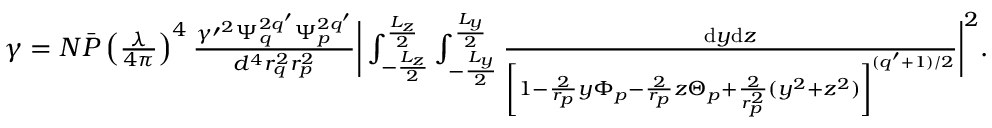
\begin{array} { r } { \gamma = N \bar { P } \left( \frac { \lambda } { 4 \pi } \right) ^ { 4 } \frac { \gamma \prime ^ { 2 } \Psi _ { q } ^ { 2 q ^ { \prime } } \Psi _ { p } ^ { 2 q ^ { \prime } } } { d ^ { 4 } r _ { q } ^ { 2 } r _ { p } ^ { 2 } } \bigg | \int _ { - \frac { L _ { z } } 2 } ^ { \frac { L _ { z } } 2 } \int _ { - \frac { L _ { y } } 2 } ^ { \frac { L _ { y } } 2 } \frac { \mathrm { d } y \mathrm { d } z } { \left[ 1 - \frac 2 { r _ { p } } y \Phi _ { p } - \frac 2 { r _ { p } } z \Theta _ { p } + \frac 2 { r _ { p } ^ { 2 } } ( y ^ { 2 } + z ^ { 2 } ) \right] ^ { ( q ^ { \prime } + 1 ) / 2 } } \bigg | ^ { 2 } . } \end{array}